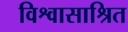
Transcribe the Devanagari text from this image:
विश्वासाश्रित